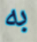
به